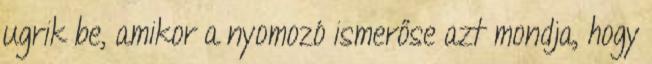
ugrik be, amikor a nyomozó ismerőse azt mondja, hogy